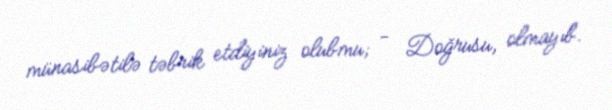
münasibətilə təbrik etdiyiniz olubmu; - Doğrusu, olmayıb.